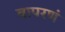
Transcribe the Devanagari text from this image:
वापरणं